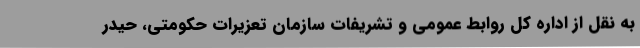
به نقل از اداره کل روابط عمومی و تشریفات سازمان تعزیرات حکومتی، حیدر